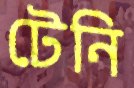
টেনি